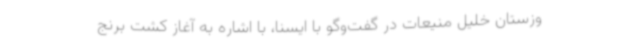
وزستان خلیل منیعات در گفت‌وگو با ایسنا، با اشاره به آغاز کشت برنج